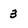
Character: 3